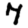
Digit: 7